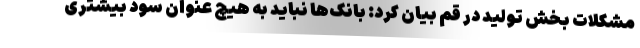
مشکلات بخش تولید در قم بیان کرد: بانک‌ها نباید به هیچ عنوان سود بیشتری